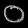
Digit: ၀